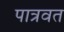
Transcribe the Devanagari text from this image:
पात्रवत